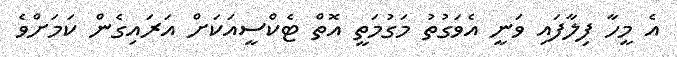
އެ މީހާ ފިލާފައި ވަނީ އެވަގުތު މަގުމަތީ އޮތް ޓެކްސީއަކަށް އަރައިގެން ކަމަށްވެ